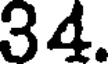
34.